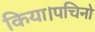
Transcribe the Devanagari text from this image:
किया।पचिनो